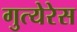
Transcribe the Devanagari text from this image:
गुत्येरेस